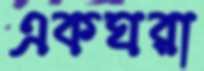
একঘরা